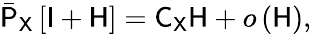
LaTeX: \begin{array}{r}{\bar{\mathsf{P}}_{\mathsf{X}}\left[\mathsf{I}+\mathsf{H}\right]=\mathsf{C}_{\mathsf{X}}\mathsf{H}+o\left(\mathsf{H}\right),}\end{array}